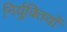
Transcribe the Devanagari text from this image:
निर्युक्तियाँ